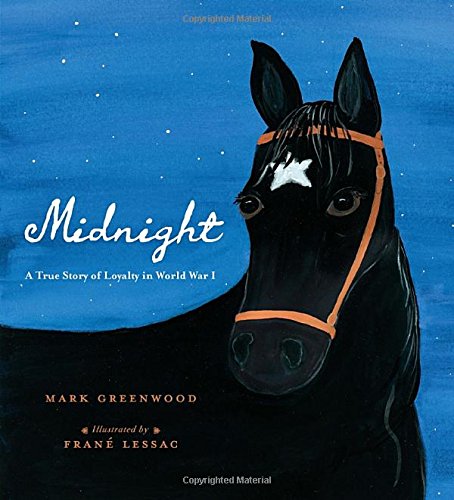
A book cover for Midnight: A True Story of Loyalty in World War I; Mark Greenwood; Children's Books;